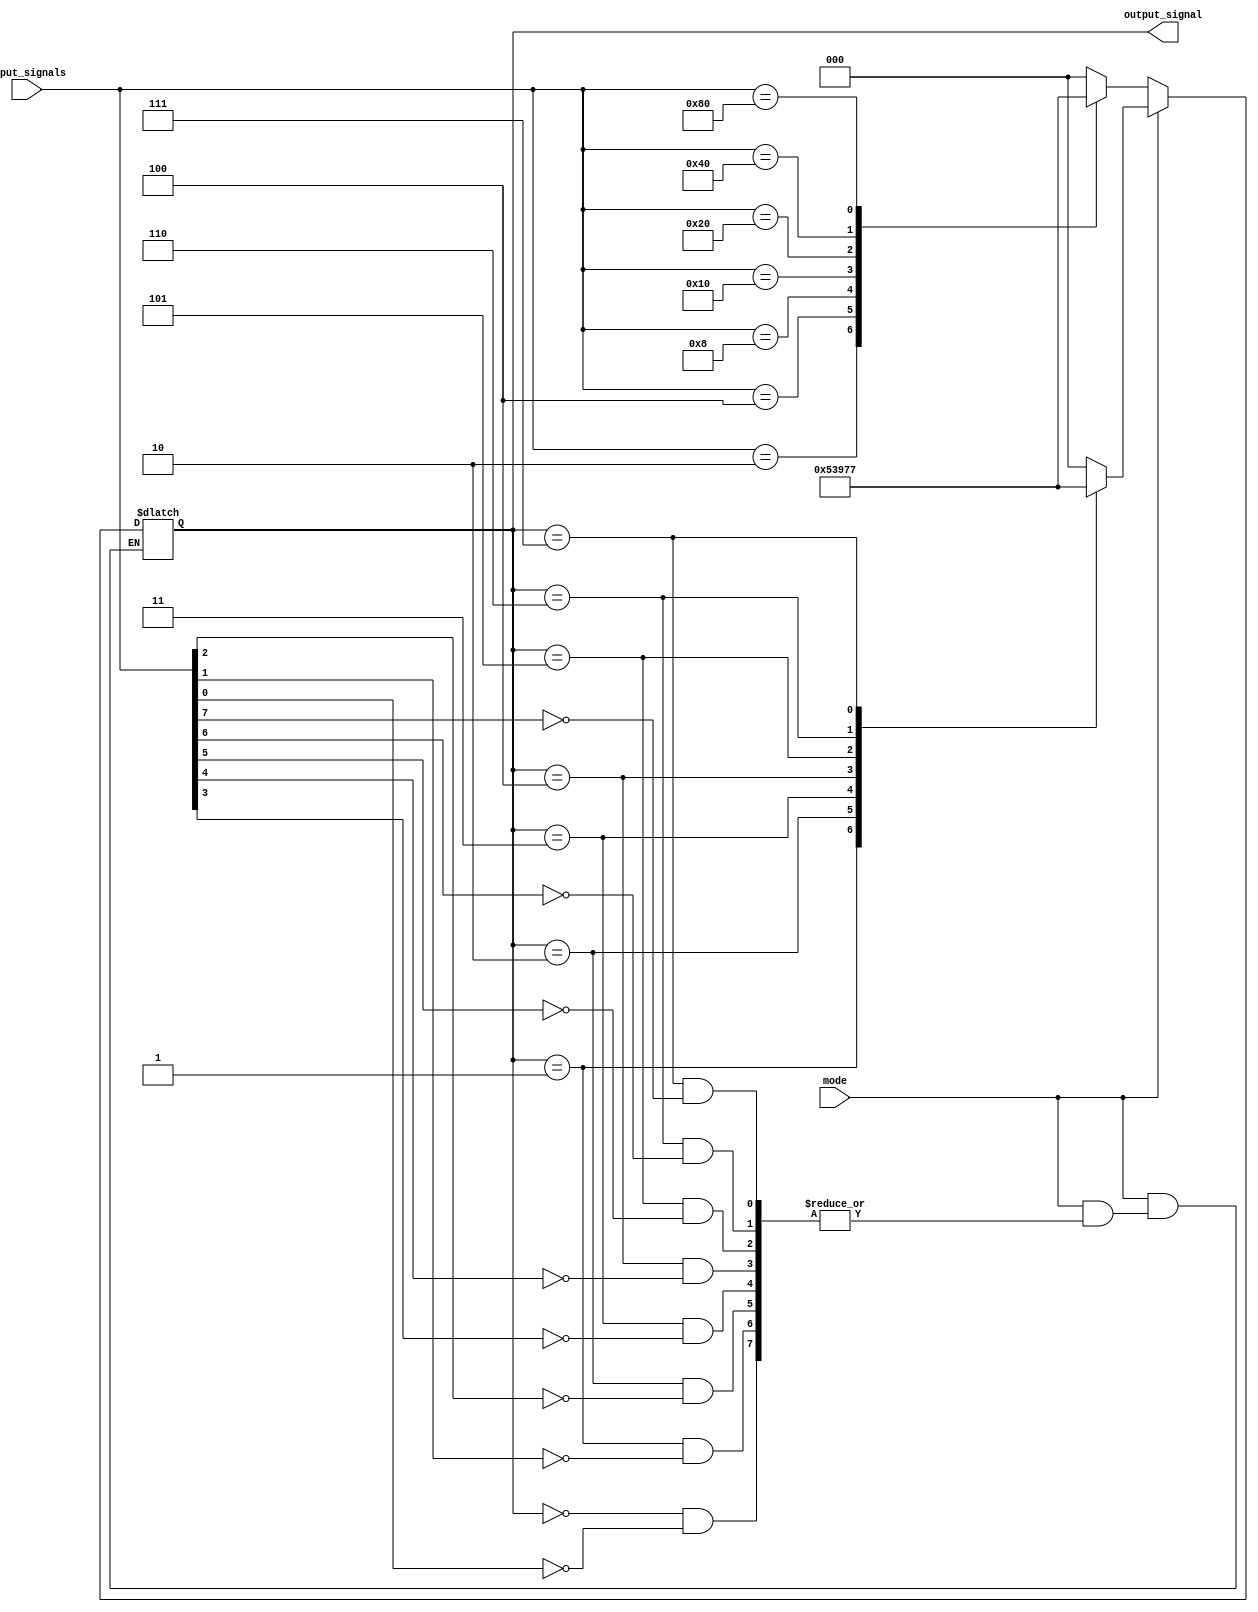
module priority_encoder_decoder (
    input [7:0] input_signals,
    input mode,
    output reg [2:0] output_signal
);

always @(*) begin
    if (mode == 0) begin
        // Priority encoding mode
        case(input_signals)
            8'b00000001: output_signal = 3'b000;
            8'b00000010: output_signal = 3'b001;
            8'b00000100: output_signal = 3'b010;
            8'b00001000: output_signal = 3'b011;
            8'b00010000: output_signal = 3'b100;
            8'b00100000: output_signal = 3'b101;
            8'b01000000: output_signal = 3'b110;
            8'b10000000: output_signal = 3'b111;
            default: output_signal = 3'b000; // Default to lowest priority input
        endcase
    end else begin
        // Decoding mode
        case(output_signal)
            3'b000: output_signal = input_signals[0] ? 3'b000 : output_signal;
            3'b001: output_signal = input_signals[1] ? 3'b001 : output_signal;
            3'b010: output_signal = input_signals[2] ? 3'b010 : output_signal;
            3'b011: output_signal = input_signals[3] ? 3'b011 : output_signal;
            3'b100: output_signal = input_signals[4] ? 3'b100 : output_signal;
            3'b101: output_signal = input_signals[5] ? 3'b101 : output_signal;
            3'b110: output_signal = input_signals[6] ? 3'b110 : output_signal;
            3'b111: output_signal = input_signals[7] ? 3'b111 : output_signal;
        endcase
    end
end

endmodule